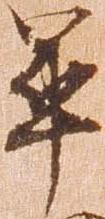
畢